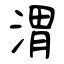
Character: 渭